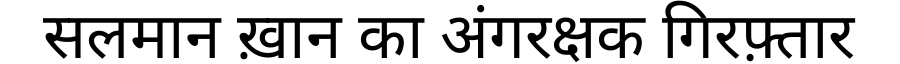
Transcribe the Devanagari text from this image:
सलमान ख़ान का अंगरक्षक गिरफ़्तार